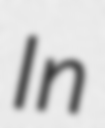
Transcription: In